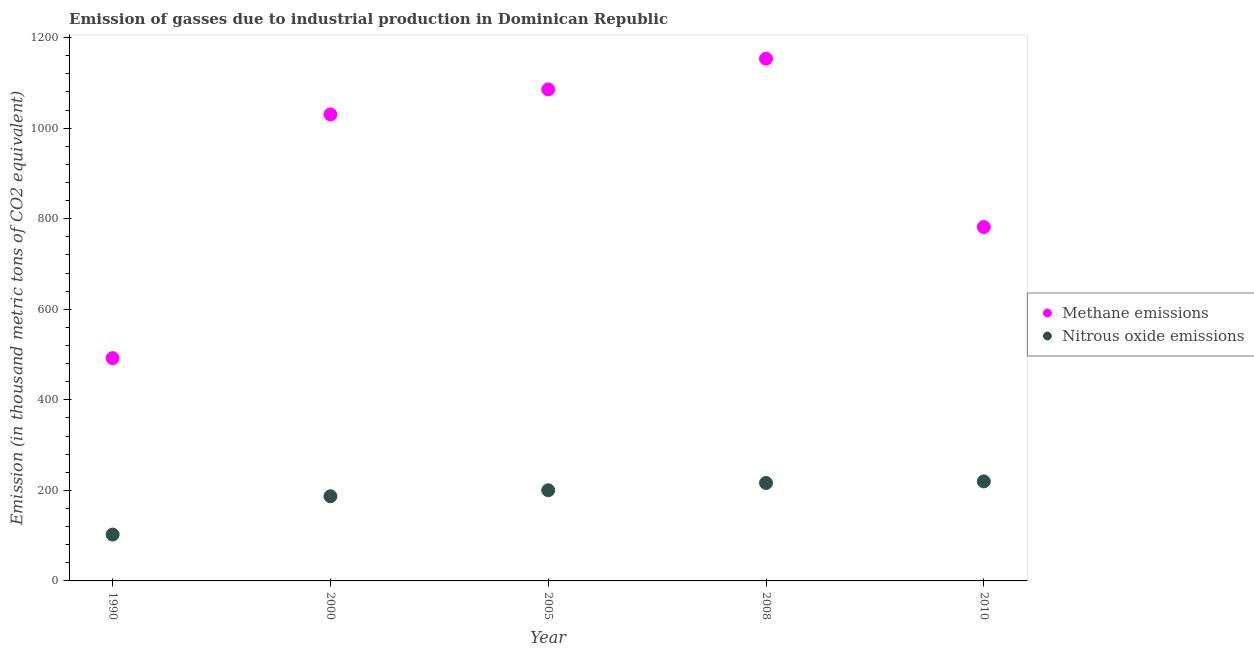
| Year | Methane emissions | Nitrous oxide emissions |
 | --- | --- | --- |
 | 1990 | 492 | 102 |
 | 2000 | 1.03e+03 | 187 |
 | 2005 | 1.09e+03 | 200 |
 | 2008 | 1.15e+03 | 216 |
 | 2010 | 782 | 220 |